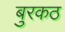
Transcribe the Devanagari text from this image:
बुरकठ